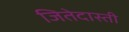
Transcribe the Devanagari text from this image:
जितेदास्ती